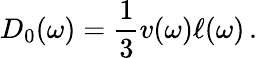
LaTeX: D_{0}(\omega)=\frac{1}{3}v(\omega)\ell(\omega)\, .